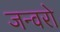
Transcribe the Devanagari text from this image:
जन्वरो